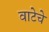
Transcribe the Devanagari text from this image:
वाटेचे